Calcutta medical institutions reports 1871-78
Year: 1871
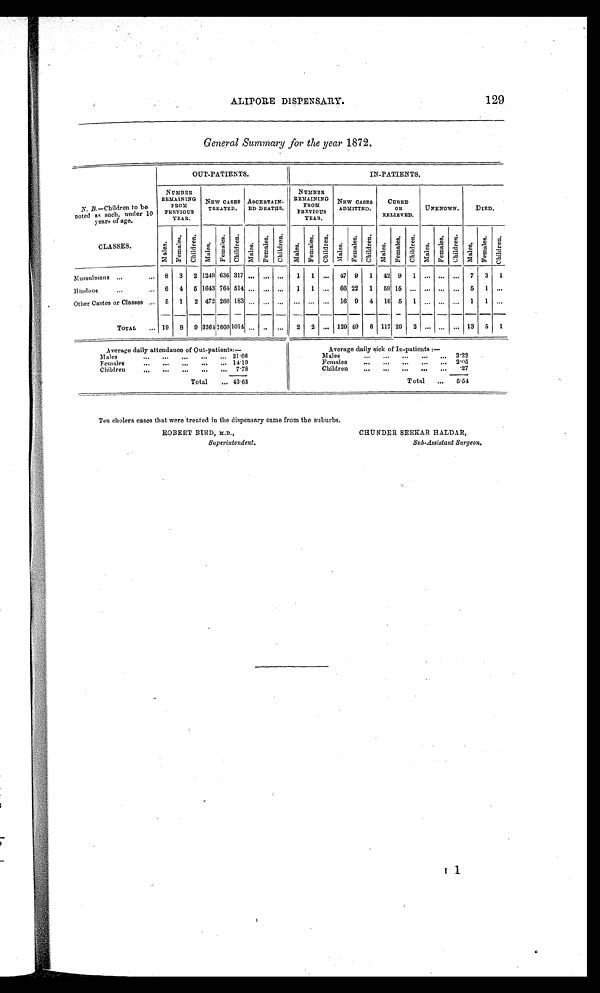
General Summary for the year 1872.
OUT-PATIENTS.
IN-PATIENTS.
N. B.—Children to be
noted as such, under 10
years of age.
NUMBER
REMAINING
FROM
PREVIOUS
YEAR.
NEW CASES
TREATED,
ASCERTAIN-
ED DEATHS,
•
NUMBER
REMAINING
FROM
PREVIOUS
YEAR.
NEW CASES
ADMITTED.
CURED
OR ED.
UNKNOWN.
DIED.
CLASSES.
M a l e s
Femal es
C h i l d r e n
Males
F e m a l e s
C h i l d r e n
M a l e s
Femal es
C h i l d r e n
M a l e s
F e m a l e s C h i l d r e n
M a l e s
F e m a l e s
C h i l d r e n
M a l e s
F e m a l e s
C h i l d r e n
M a l e s
F e m a l e s
C h i l d r e n
M a l e s
Females
C h i l d r e n
Mussulmans
.
8 3 2 1249 636 317 .., ... ..,
1
1
. . .
471 9 1 42 9 1 . . . . . . . . . 7 3 1
Hindoos, 6 4 5 1013 764 514 ... ,., ...
1 1 ... 66 22 1 59 15 ... ... ... ... 5 1 ...
Other Castes or Classes. 5 1 2 472 260 183 .., .., .., ... ... ... 16 9 4 16 5 1 , . . . . . . . . 1 1 ...
TOTAL
19 8 9 3361 1660 1014 „, .. „, i 2 2 ... 129 40 6 117 29 2 ... ... ... 13 5 1
Average daily attendance of Out-patients:—
Average daily sick of In-pat
ients :
-
Males
21.66
. ..
..
Males
3 . 2 2
Females
...
...
...
...
... 14 . 19
Females
...
...
_
—
... 205
Children
—
...
...
...
...
7 . 78
Children
—
••.
...
...
.27
Total
... 43 . 63
Total
...
5.54
Ten cholera cases that were treated in the dispensary came from the suburbs.
ROBERT BIRD, MX.,
CHUNDER SEEKAR HALDAR,
Superintendent.
Sub-Assistant Surgeon.